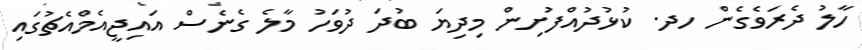
ހާލު ދެރަވެގެން ހދ. ކުޅުދުއްފުށިން މިދިޔަ ބުދަ ދުވަހު މާލެ ގެނެސް އައިޖީއެމްއެޗުގައި